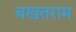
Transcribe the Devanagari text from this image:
बखतराम